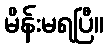
မိန်းမရပြီ။